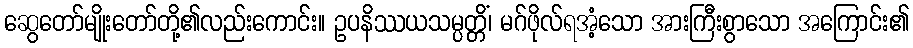
ဆွေတော်မျိုးတော်တို့၏လည်းကောင်း။ ဥပနိဿယသမ္ပတ္တိံ၊ မဂ်ဖိုလ်ရအံ့သော အားကြီးစွာသော အကြောင်း၏